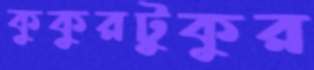
কুকুরটুকুর